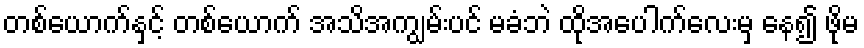
တစ်ယောက်နှင့် တစ်ယောက် အသိအကျွမ်းပင် မခံဘဲ ထိုအပေါက်လေးမှ နေ၍ ဖိုမ